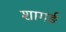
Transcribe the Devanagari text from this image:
शागर्ङ